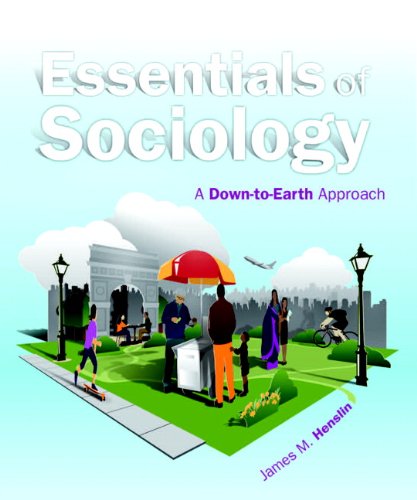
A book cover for Essentials of Sociology: A Down-to-Earth Approach (10th Edition); James M. Henslin; Science & Math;